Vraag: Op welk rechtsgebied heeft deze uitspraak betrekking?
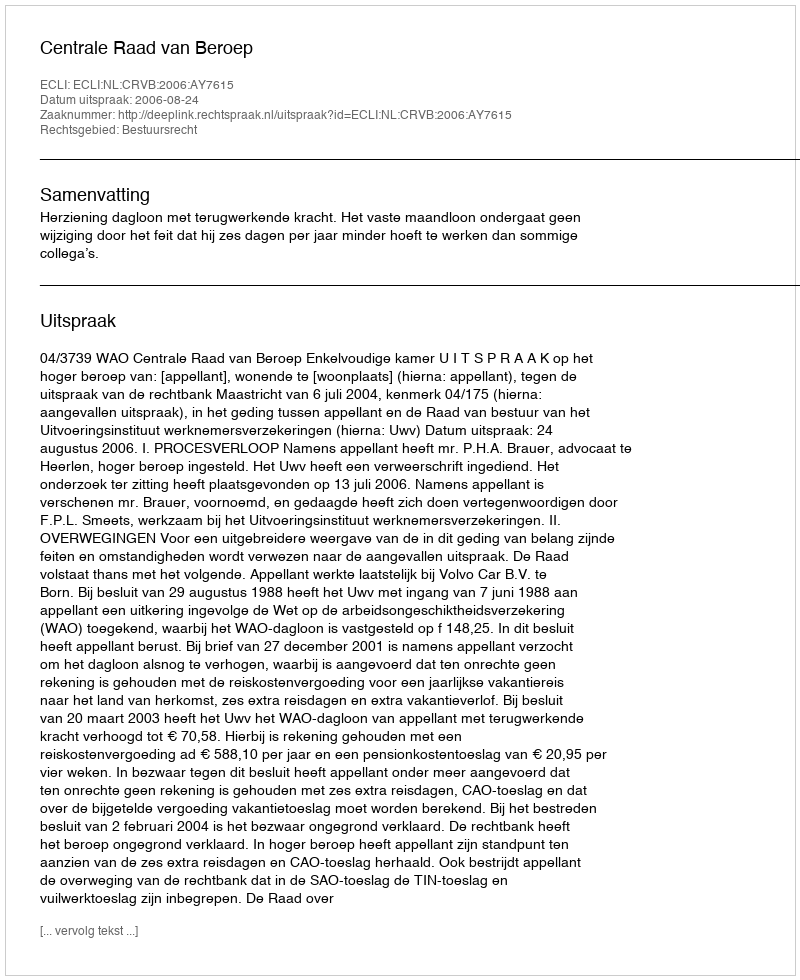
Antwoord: Bestuursrecht